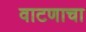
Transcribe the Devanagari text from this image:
वाटणाचा